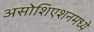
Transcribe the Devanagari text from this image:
असोशिएशनमध्ये